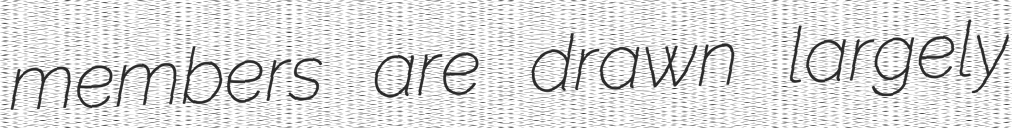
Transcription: members are drawn largely